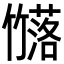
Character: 𮆗